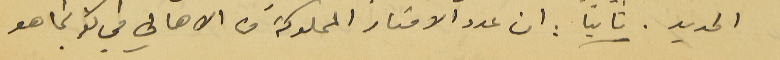
الحديد. ثانياً : ان عدد الامتار المملوكة من الاهالي في كفرشيما هو